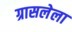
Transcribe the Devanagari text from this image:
ग्रासलेला